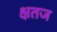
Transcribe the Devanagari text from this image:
क्षतज